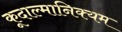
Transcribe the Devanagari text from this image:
कूदाल्मानिक्यम